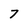
Character: 7